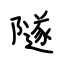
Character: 隧